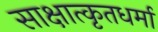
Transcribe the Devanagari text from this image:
साक्षात्कृतधर्मा